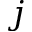
j